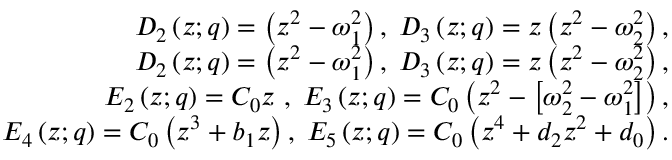
\begin{array} { r l r } & { } & { D _ { 2 } \left( z ; q \right) = \left( z ^ { 2 } - \omega _ { 1 } ^ { 2 } \right) , \; D _ { 3 } \left( z ; q \right) = z \left( z ^ { 2 } - \omega _ { 2 } ^ { 2 } \right) , } \\ & { } & { D _ { 2 } \left( z ; q \right) = \left( z ^ { 2 } - \omega _ { 1 } ^ { 2 } \right) , \; D _ { 3 } \left( z ; q \right) = z \left( z ^ { 2 } - \omega _ { 2 } ^ { 2 } \right) , } \\ & { } & { E _ { 2 } \left( z ; q \right) = C _ { 0 } z \ , \; E _ { 3 } \left( z ; q \right) = C _ { 0 } \left( z ^ { 2 } - \left[ \omega _ { 2 } ^ { 2 } - \omega _ { 1 } ^ { 2 } \right] \right) , } \\ & { } & { E _ { 4 } \left( z ; q \right) = C _ { 0 } \left( z ^ { 3 } + b _ { 1 } z \right) , \; E _ { 5 } \left( z ; q \right) = C _ { 0 } \left( z ^ { 4 } + d _ { 2 } z ^ { 2 } + d _ { 0 } \right) . } \end{array}